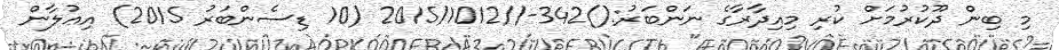
މި ބިން ދޫކުރުމަށް ކުރި މިއިދާރާގެ ނަންބަރު:()342-//2015/1012 (10 ޑިސެންބަރު 2015) އިޢުލާން